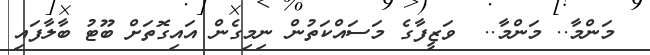
މަންމާ.. މަންމާ..  ވަޒީފާގެ މަސައްކަތުން ނިމިގެން އައިގޮތަށް ބޫޓު ބާލާފައި